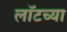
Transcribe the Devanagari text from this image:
लॉटच्या